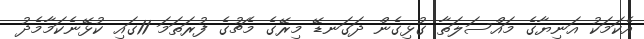
އެކަމަކު އަނިޔާގެ މައްސަލަތާ ގުޅިގެން ދަގަނޑޭ މިރޭގެ މެޗުގެ ފުރަތަމަ 11ގައި ކުޅޭނެކަމާމެދު